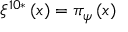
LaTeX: \xi ^ { 1 0 * } \left( x \right) = \pi _ { \psi } \left( x \right)